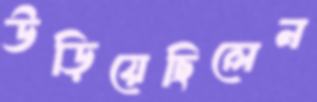
উড়িয়েছিলেন